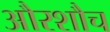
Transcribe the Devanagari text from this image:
औरशौच